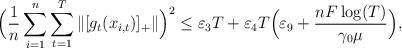
LaTeX: \begin{align*}&\Big(\frac{1}{n}\sum_{i=1}^n\sum_{t=1}^T\|[g_{t}(x_{i,t})]_+\|\Big)^2\le\varepsilon_3T+\varepsilon_4T\Big(\varepsilon_{9}+\frac{nF\log(T)}{\gamma_{0}\mu}\Big),\end{align*}